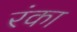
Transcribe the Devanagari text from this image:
रंका